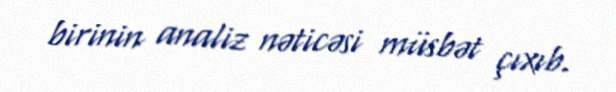
birinin analiz nəticəsi müsbət çıxıb.